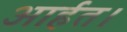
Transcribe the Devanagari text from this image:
आर्हत।